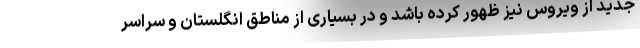
جدید از ویروس نیز ظهور کرده باشد و در بسیاری از مناطق انگلستان و سراسر